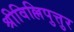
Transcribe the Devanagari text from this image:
श्रीविल्लिपुत्तुर